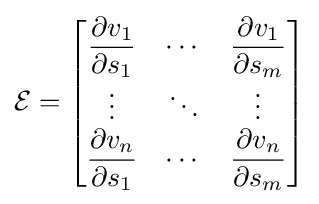
{\mathcal {E}}={\begin{bmatrix}{\dfrac {\partial v_{1}}{\partial s_{1}}}&\cdots &{\dfrac {\partial v_{1}}{\partial s_{m}}}\\\vdots &\ddots &\vdots \\{\dfrac {\partial v_{n}}{\partial s_{1}}}&\cdots &{\dfrac {\partial v_{n}}{\partial s_{m}}}\end{bmatrix}}